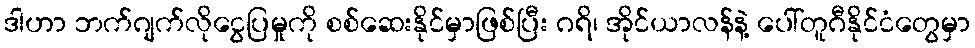
ဒါဟာ ဘက်ဂျက်လိုငွေပြမှုကို စစ်ဆေးနိုင်မှာဖြစ်ပြီး ဂရိ၊ အိုင်ယာလန်နဲ့ ပေါ်တူဂီနိုင်ငံတွေမှာ